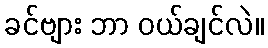
ခင်ဗျား ဘာ ဝယ်ချင်လဲ။